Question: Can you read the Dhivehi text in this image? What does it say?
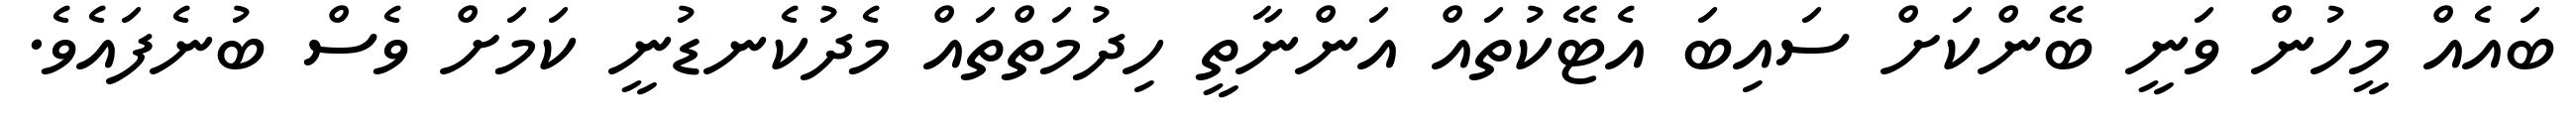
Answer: ބައެއް މީހުން ވަނީ ބޭންކަށް ސައިބަ އެޓޭކުތައް އަންނާތީ ހިދުމަތްތައް މެދުކެނޑުނީ ކަމަށް ވެސް ބުނެފައެވެ.